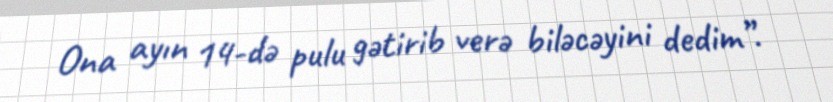
Ona ayın 14-də pulu gətirib verə biləcəyini dedim”.